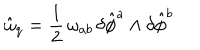
\hat { \omega } _ { q } = \frac { 1 } { 2 } \, \omega _ { a b } \, \delta \hat { \phi } ^ { a } \wedge \delta \hat { \phi } ^ { b }